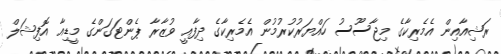
ރަޝިއާއިން އެމެރިކާގެ މިޖާސޫސު ހައްޔަރުކުރުމުން އެމެރިކާގެ ދިފާއީ ވުޒާރާ ޕެންޓަގަންގެ މީޑިއާ އޮފިޝަލް